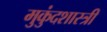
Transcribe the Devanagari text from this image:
मुुकुंदशास्त्री